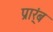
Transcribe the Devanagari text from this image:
प्रार्ंब